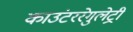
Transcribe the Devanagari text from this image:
काउंटररेगुलेट्री